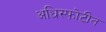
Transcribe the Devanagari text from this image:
अधिस्फोटीत